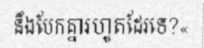
នឹងបែកគ្នារហូតដែរទេ?«